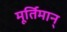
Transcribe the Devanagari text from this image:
मूर्तिमान्‌